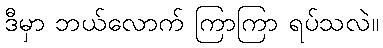
ဒီမှာ ဘယ်လောက် ကြာကြာ ရပ်သလဲ။